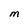
Character: M